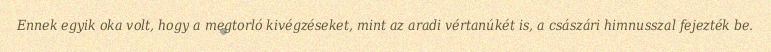
Ennek egyik oka volt, hogy a megtorló kivégzéseket, mint az aradi vértanúkét is, a császári himnusszal fejezték be.